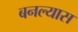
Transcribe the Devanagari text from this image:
बनल्यास